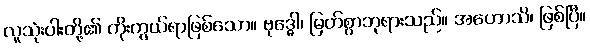
လူသုံးပါးတို့၏ ကိုးကွယ်ရာဖြစ်သော။ ဗုဒ္ဓေါ၊ မြတ်စွာဘုရားသည်။ အဟောသိ၊ ဖြစ်ပြီ။